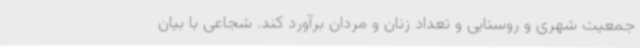
جمعیت شهری و روستایی و تعداد زنان و مردان برآورد کند. شجاعی با بیان